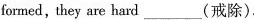
formed,they are hard___(戒除).